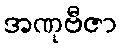
အဏုဗီဇာ